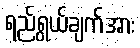
ရည်ရွယ်ချက်အား